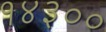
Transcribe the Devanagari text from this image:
१४३००